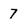
Character: 7